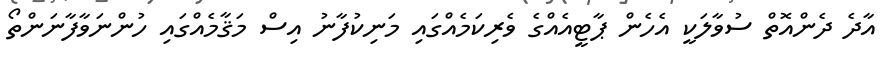
އާދެ ދެންއޮތް ސުވާލަކީ އެހެން ޕާޓީއެއްގެ ވެރިކަމެއްގައި މަނިކުފާނު އިސް މަޤާމެއްގައި ހުންނަވާފާނަންތޯ